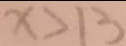
x > 1 3